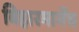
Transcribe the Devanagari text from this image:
बिहारमार्गेच